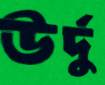
উর্দু